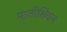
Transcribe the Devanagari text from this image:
मातीशिवाय